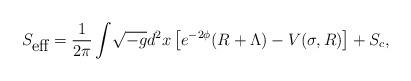
LaTeX: \begin{align*}S_{\mbox{eff}}=\frac{1}{2\pi}\int\! \sqrt{-g} d^{2}x \left[e^{-2\phi}(R+\Lambda)-V(\sigma,R)\right] +S_{c},\end{align*}